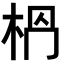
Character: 𣐶